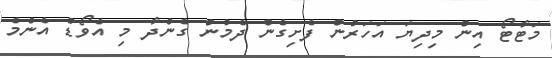
މަޓާޓޯ އިން މިދިޔަ އަހަރުން ފެށިގެން ދެމުން ގެންދާ މި އެވޯޑު އެންމެ